Vaccine operations Central Provinces 1868-1885 - 1868-1885
Year: 1868
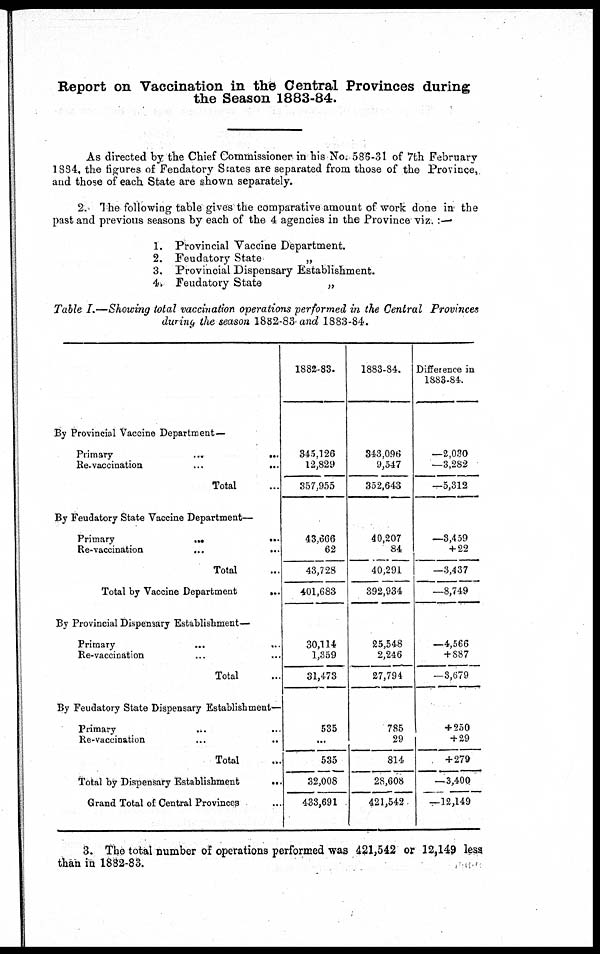
Report on Vaccination in the Central Provinces during
the Season 1883-84.
As directed by the Chief Commissioner in his No. 586-31 of 7th February
1884, the figures of Fendatory States are separated from those of the Province,
and those of each State are shown separately.
2. The following table gives the comparative amount of work done in the
past and previous seasons by each of the 4 agencies in the Province viz. : —
1. Provincial Vaccine Department.
2. Feudatory State
„
3. Provincial Dispensary Establishment.
4. Feudatory State
„
Table I.—Showing total vaccination operations performed in the Central Provinces
during the season 1882-83 and 1883-84.
By Provincial Vaccine Department—
Primary ... ...
Re-vaccination
...
...
Total ...
By Feudatory State Vaccine Department—
Primary
...
...
Re-vaccination
...
...
Total ...
Total by Vaccine Department
...
By Provincial Dispensary Establishment—
Primary
...
...
Re-vaccination ... ...
Total ...
By Feudatory State Dispensary Establishment—
Primary ... ...
Re-vaccination ... ...
Total ...
Total by Dispensary Establishment
...
Grand Total of Central Provinces ...
1882-83.
345,126
12,829
357,955
43,666
62
43,728
401,683
30,114
1,359
31,473
535
...
535
32,008
433,691
1883-84.
343,096
9,547
352,643
40,207
84
40,291
392,934
25,548
2,246
27,794
785
29
814
28,608
421,542
Difference in
1883-84.
—2,030
—3,282
—5,312
—3,459
+ 22
—3,437
—8,749
—4,566
+ 887
—3,679
+ 250
+ 29
+279
—3,400
—12,149
3. The total number of operations performed was 421,542 or 12,149 less
than in 1882-83.